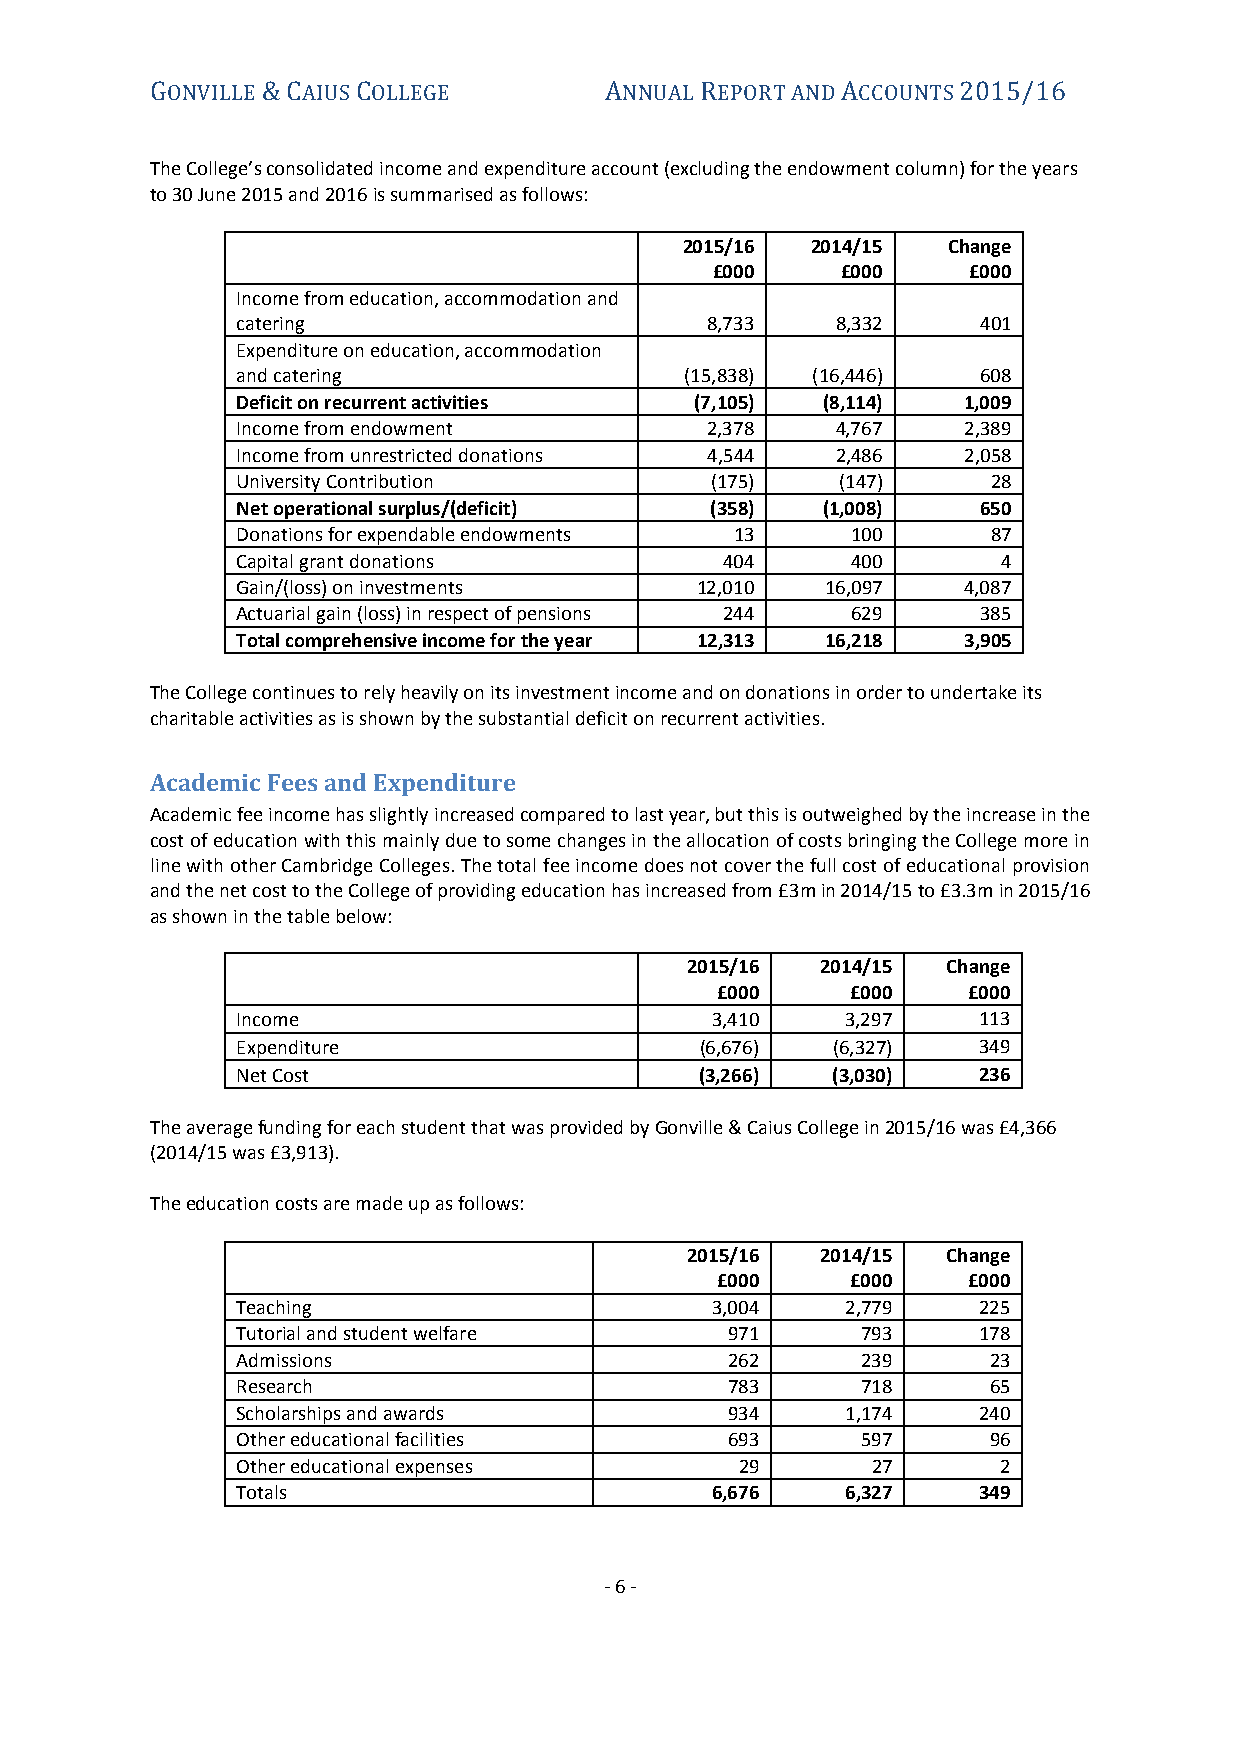
GONVILLE & CAIUS COLLEGE      ANNUAL REPORT AND ACCOUNTS 2015/16
 The College’s consolidated income and expenditure account (excluding the endowment column) for the years
 to 30 June 2015 and 2016 is summarised as follows:
 2015/16  2014/15  Change
 £000     £000    £000
 Income from education, accommodation and
 catering                       8,733   8,332     401
 Expenditure on education, accommodation
 and catering                 (15,838) (16,446)   608
 Deficit on recurrent activities (7,105) (8,114) 1,009
 Income from endowment          2,378   4,767    2,389
 Income from unrestricted donations 4,544 2,486  2,058
 University Contribution        (175)    (147)     28
 Net operational surplus/(deficit) (358) (1,008)  650
 Donations for expendable endowments 13  100       87
 Capital grant donations         404     400       4
 Gain/(loss) on investments    12,010   16,097   4,087
 Actuarial gain (loss) in respect of pensions 244 629 385
 Total comprehensive income for the year 12,313 16,218 3,905
 The College continues to rely heavily on its investment income and on donations in order to undertake its
 charitable activities as is shown by the substantial deficit on recurrent activities.
 Academic Fees and Expenditure
 Academic fee income has slightly increased compared to last year, but this is outweighed by the increase in the
 cost of education with this mainly due to some changes in the allocation of costs bringing the College more in
 line with other Cambridge Colleges. The total fee income does not cover the full cost of educational provision
 and the net cost to the College of providing education has increased from £3m in 2014/15 to £3.3m in 2015/16
 as shown in the table below:
 2015/16  2014/15  Change
 £000     £000    £000
 Income                         3,410    3,297    113
 Expenditure                   (6,676)  (6,327)   349
 Net Cost                      (3,266)  (3,030)   236
 The average funding for each student that was provided by Gonville & Caius College in 2015/16 was £4,366
 (2014/15 was £3,913).
 The education costs are made up as follows:
 2015/16  2014/15  Change
 £000     £000    £000
 Teaching                       3,004    2,779    225
 Tutorial and student welfare    971      793     178
 Admissions                      262      239     23
 Research                        783      718     65
 Scholarships and awards         934     1,174    240
 Other educational facilities    693      597     96
 Other educational expenses       29       27      2
 Totals                         6,676    6,327    349
 - 6 -